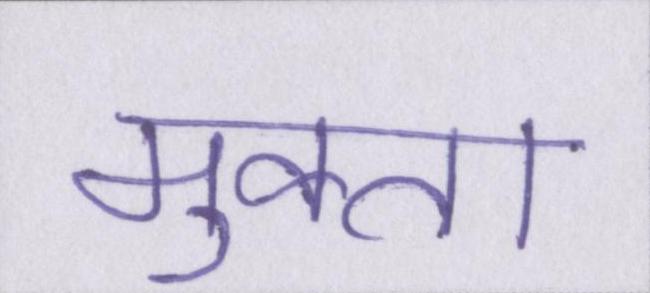
मुक्ता